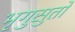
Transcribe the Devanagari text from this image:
भृगुसुतो